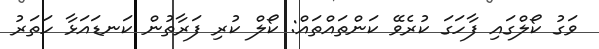
ވަގު ކޯލްގައި ފާހަގަ ކުރެވޭ ކަންތައްތައް: ކޯލް ކުރި ފަރާތުން ކަނޑައަޅާ ހަތަރު